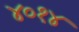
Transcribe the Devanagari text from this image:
४०१४